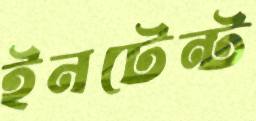
ইনটেন্ট